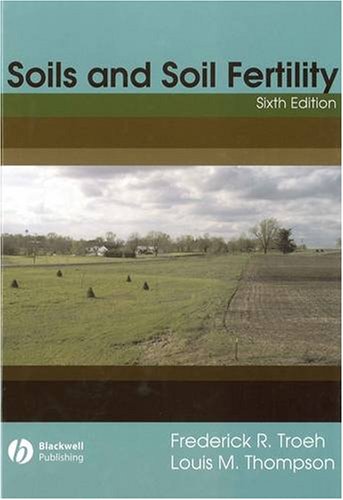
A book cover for Soils and Soil Fertility; Frederick R. Troeh; Science & Math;